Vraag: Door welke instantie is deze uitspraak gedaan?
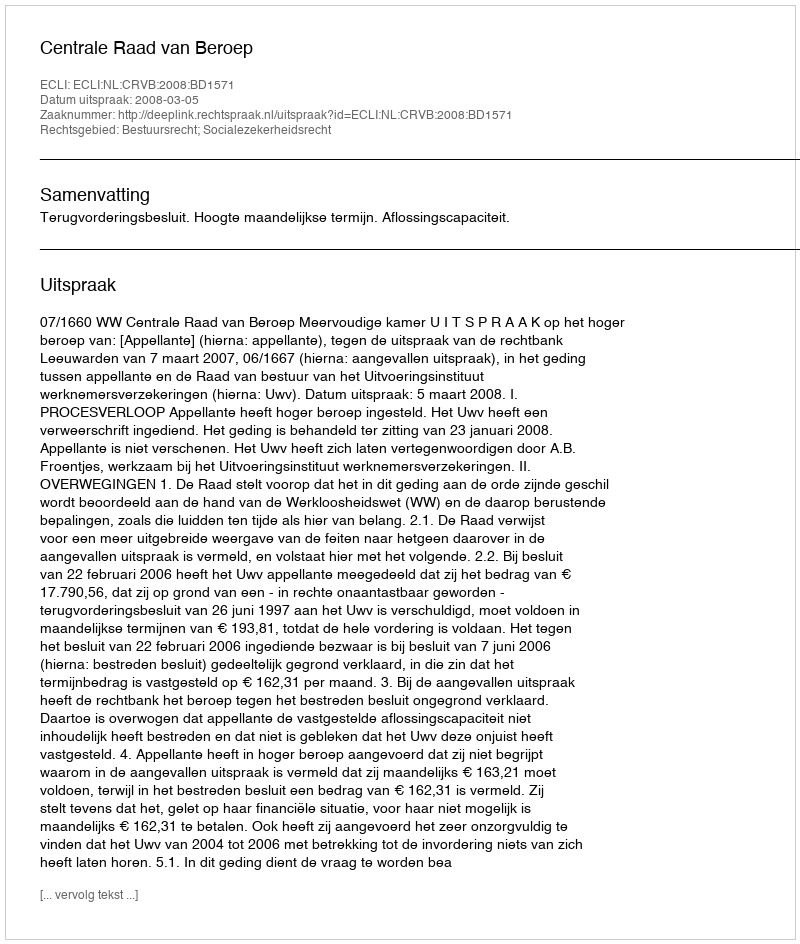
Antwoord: Centrale Raad van Beroep